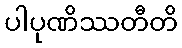
ပါပုဏိဿတီတိ